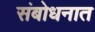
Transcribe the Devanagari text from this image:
संबोधनात